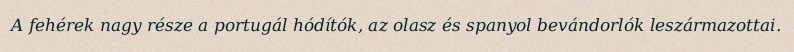
A fehérek nagy része a portugál hódítók, az olasz és spanyol bevándorlók leszármazottai.